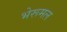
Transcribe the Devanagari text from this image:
भेरूमल